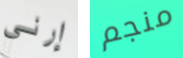
إرني منجم